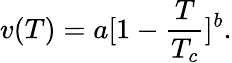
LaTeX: v(T)=a[1-{\frac{T}{T_{c}}}]^{b}.